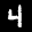
Digit: 4